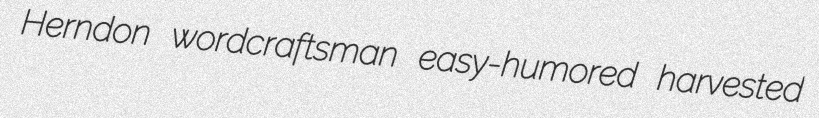
Herndon wordcraftsman easy-humored harvested